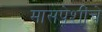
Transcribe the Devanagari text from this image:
मासपेशींचे